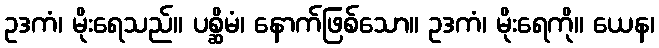
ဥဒကံ၊ မိုးရေသည်။ ပစ္ဆိမံ၊ နောက်ဖြစ်သော။ ဥဒကံ၊ မိုးရေကို။ ယေန၊